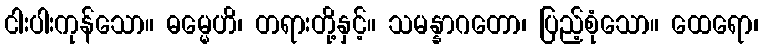
ငါးပါးကုန်သော။ ဓမ္မေဟိ၊ တရားတို့နှင့်။ သမန္နာဂတော၊ ပြည့်စုံသော။ ထေရော၊